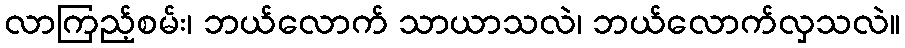
လာကြည့်စမ်း၊ ဘယ်လောက် သာယာသလဲ၊ ဘယ်လောက်လှသလဲ။